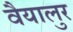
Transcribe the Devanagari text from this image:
वैयालुर